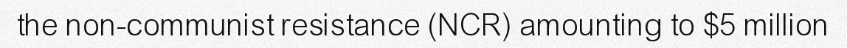
the non-communist resistance (NCR) amounting to $5 million